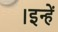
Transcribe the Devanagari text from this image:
।इन्हें